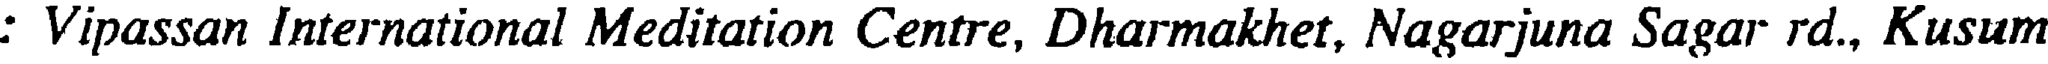
: Vipassan International Meditation Centre, Dharmakhet, Nagarjuna Sagar rd., Kusum